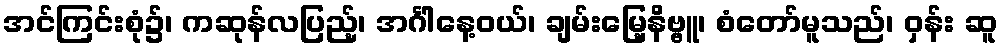
အင်ကြင်းစုံ၌၊ ကဆုန်လပြည့်၊ အင်္ဂါနေ့ဝယ်၊ ချမ်းမြေ့နိဗ္ဗူ၊ စံတော်မူသည်၊ ဝှန်း ဆူ